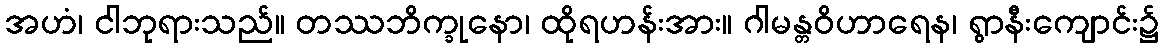
အဟံ၊ ငါဘုရားသည်။ တဿဘိက္ခုနော၊ ထိုရဟန်းအား။ ဂါမန္တဝိဟာရေန၊ ရွာနီးကျောင်း၌